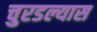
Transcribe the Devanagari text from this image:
चुरडल्यास